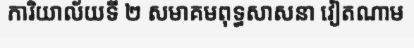
ការិយាល័យទី ២ សមាគមពុទ្ធសាសនា វៀតណាម